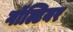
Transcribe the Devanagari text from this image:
गॉल्टियर